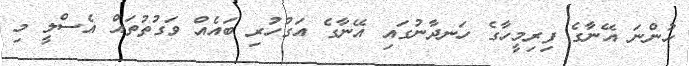
ހުންނަ އޭނާގެ ފިރިމީހާގެ ހަނދާނުގައި އޭނާގެ އަގުހުރި ބައެއް ވަގުތުތައް އެސްލީ މި